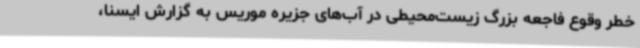
خطر وقوع فاجعه‌ بزرگ زیست‌محیطی در آب‌های جزیره موریس به گزارش ایسنا،